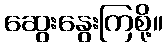
ဆွေးနွေးကြစို့။